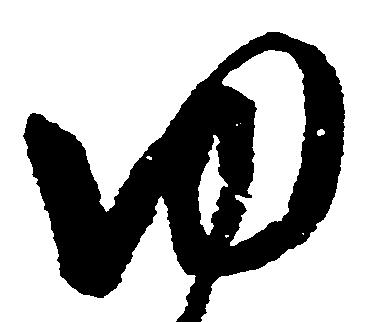
ゆ